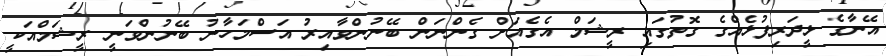
އޭނާގެ ޅީދަރިފުޅެއްގެ ގޮތުގައި ރީޝަމް އެގެއަށް ގެންނަން ބޭނުންވާއިރު އަސްމަހާނު ބޭނުންވަނީ ރީޝަމްއަކީ